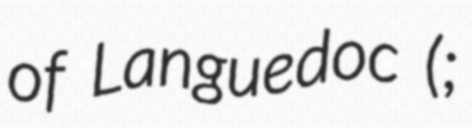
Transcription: of Languedoc (;